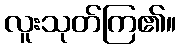
လူးသုတ်ကြ၏။